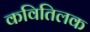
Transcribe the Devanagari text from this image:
कवितिलक